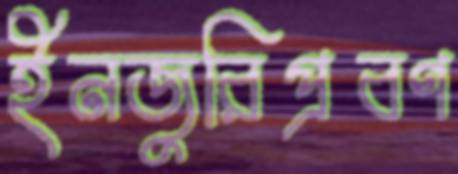
ইনজুরিপ্রবণ